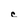
Character: c